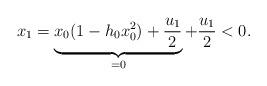
LaTeX: \begin{align*}x_1=\underbrace{x_0(1-h_0x_0^2)+\frac{u_1}{2}}_{=0}+\frac{u_1}{2}<0.\end{align*}